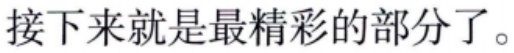
接下来就是最精彩的部分了。